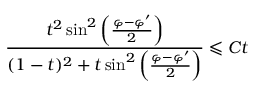
\frac { t ^ { 2 } \sin ^ { 2 } \left( \frac { \varphi - \varphi ^ { \prime } } { 2 } \right) } { ( 1 - t ) ^ { 2 } + t \sin ^ { 2 } \left( \frac { \varphi - \varphi ^ { \prime } } { 2 } \right) } \leqslant C t